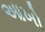
આખો